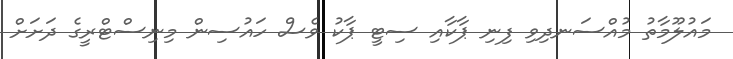
މައުލޫމާތު މުއްސަނދިވި ފިނި ޕާކާއި ސިޓީ ޕާކު ވެސް ހައުސިން މިނިސްޓްރީގެ ދަށަށް